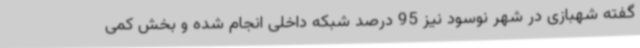
گفته شهبازی در شهر نوسود نیز 95 درصد شبکه داخلی انجام شده و بخش کمی